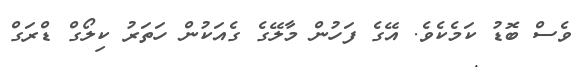
ވެސް ބޮޑު ކަމެކެވެ. އޭގެ ފަހުން މާލޭގެ ގެއަކުން ހަތަރު ކިލޯގް ޑްރަގް